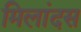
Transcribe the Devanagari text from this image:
मिलांदस